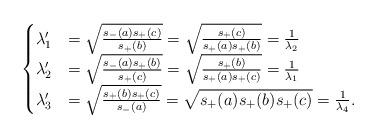
LaTeX: \begin{align*}\begin{cases}\lambda_1' &= \sqrt{\frac{s_{-}(a)s_{+}(c)}{s_{+}(b)}} = \sqrt{\frac{s_+(c)}{s_+(a)s_+(b)}} = \frac{1}{\lambda_2} \\\lambda_2' &= \sqrt{\frac{s_{-}(a)s_{+}(b)}{s_{+}(c)}} = \sqrt{\frac{s_+(b)}{s_+(a)s_+(c)}} = \frac{1}{\lambda_1}\\\lambda_3' &= \sqrt{\frac{s_{+}(b)s_{+}(c)}{s_{-}(a)}} = \sqrt{s_+(a)s_+(b)s_+(c)} = \frac{1}{\lambda_4}.\end{cases}\end{align*}